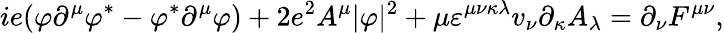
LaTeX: ie(\varphi\partial^{\mu}\varphi^{\ast}-\varphi^{\ast}\partial^{\mu}\varphi)+2e^{2}A^{\mu}|\varphi|^{2}+\mu\varepsilon^{\mu\nu\kappa\lambda}v_{\nu}\partial_{\kappa}A_{\lambda}=\partial_{\nu}F^{\mu\nu},